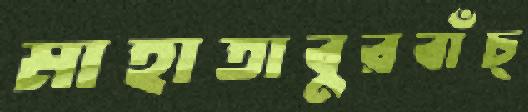
মাহাতাবুরবাঁচ্‌